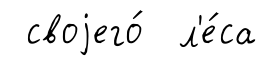
своjего́ л'е́са